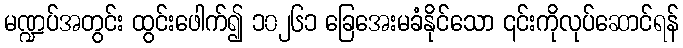
မဏ္ဍပ်အတွင်း ထွင်းဖေါက်၍ ၁၀၂၆၁ ခြေအေးမခံနိုင်သော ၎င်းကိုလုပ်ဆောင်ရန်